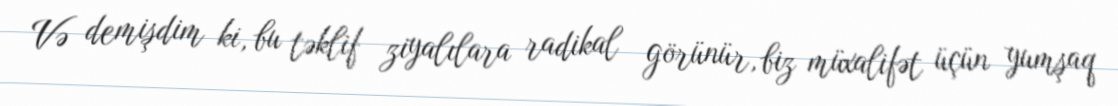
Və demişdim ki, bu təklif ziyalılara radikal görünür, biz müxalifət üçün yumşaq